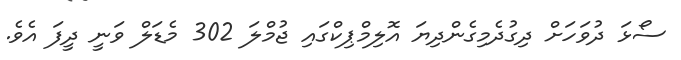
ސޯޅަ ދުވަހަށް ދިގުދެމިގެންދިޔަ އޮލިމްޕިކްގައި ޖުމްލަ 302 މެޑަލް ވަނީ ދީފަ އެވެ.